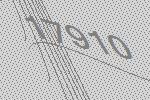
17910